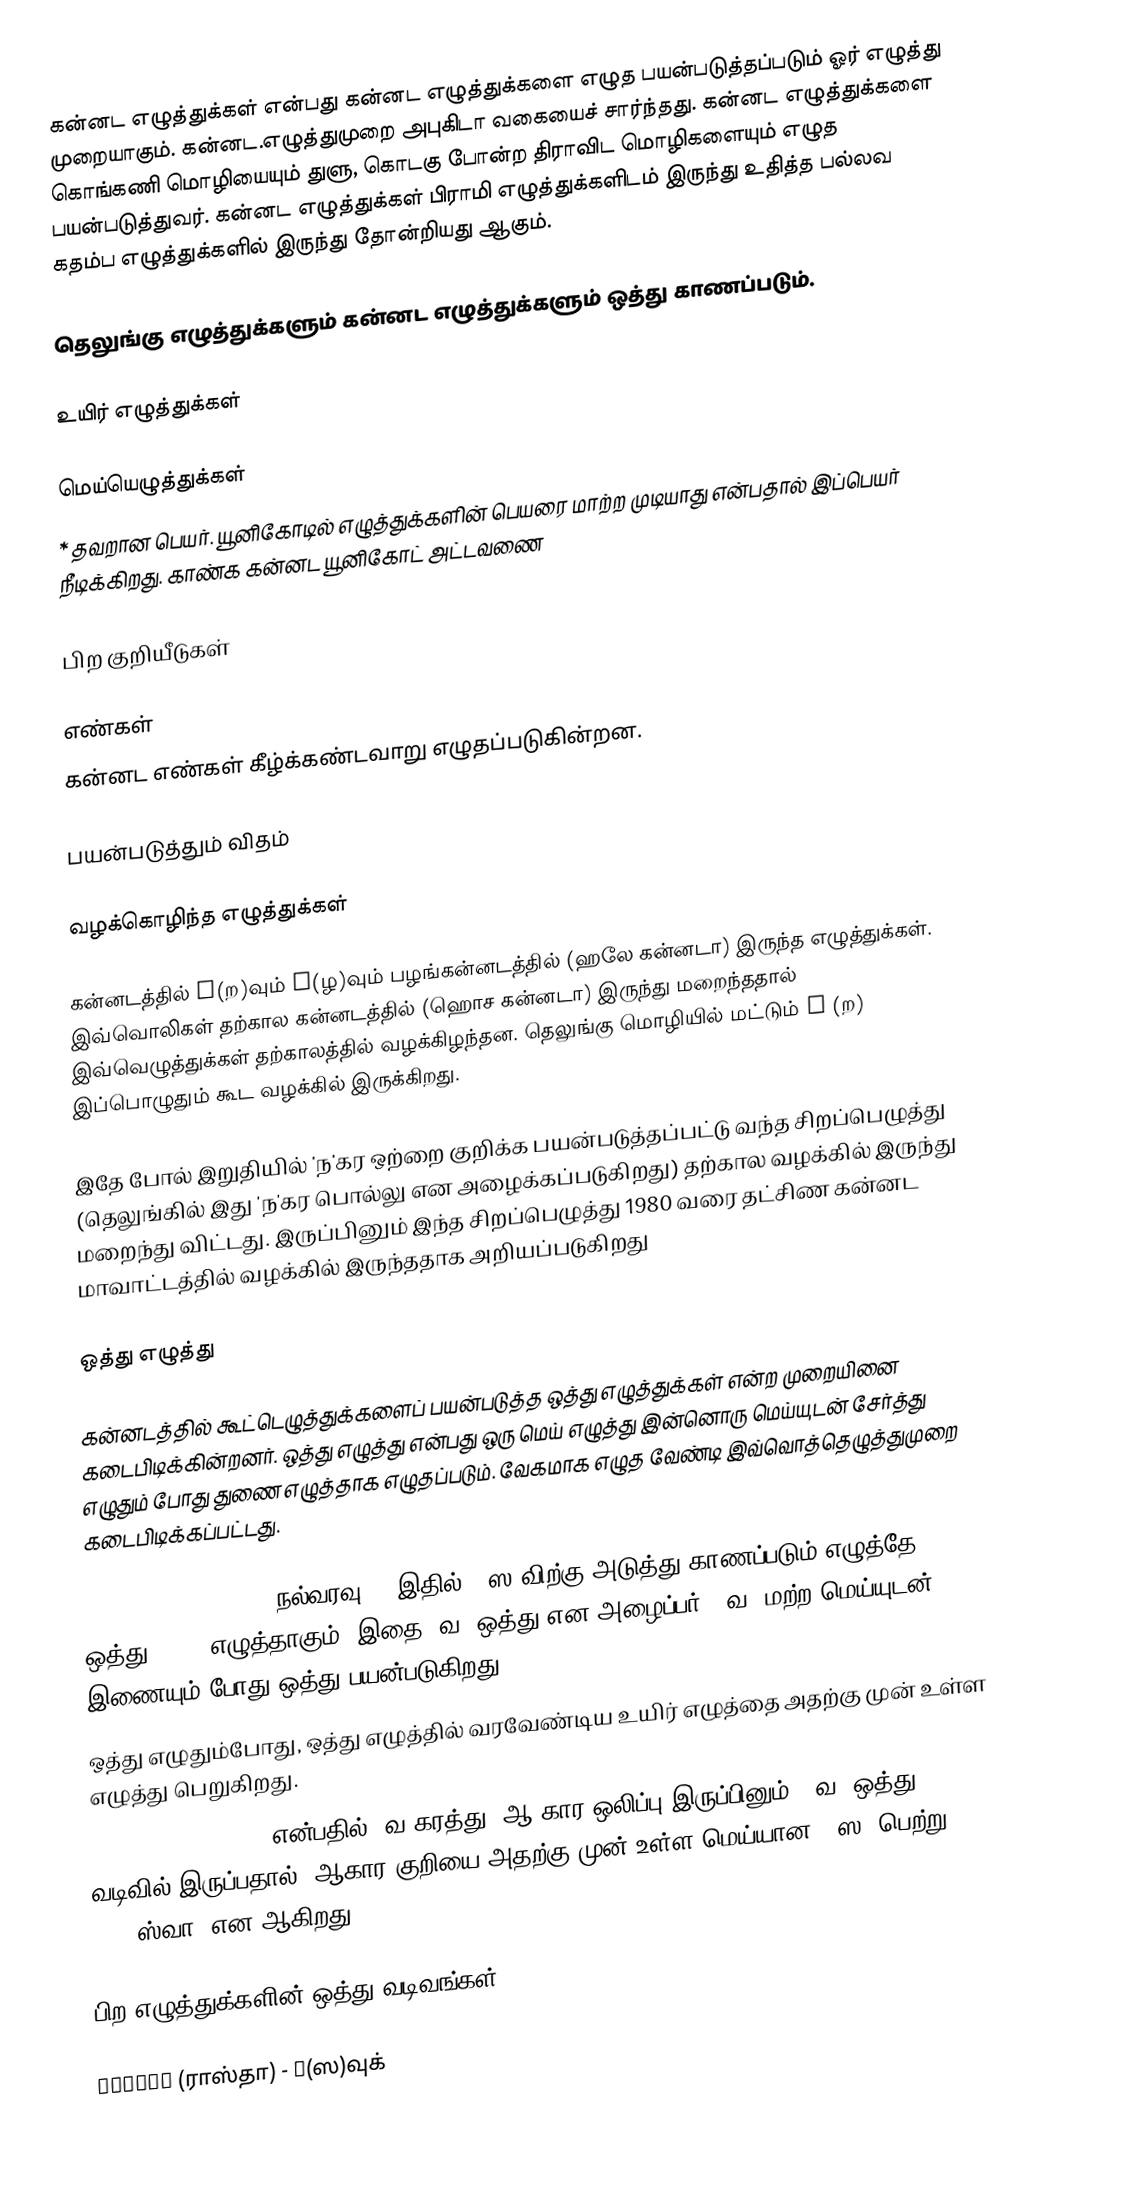
கன்னட எழுத்துக்கள் என்பது கன்னட எழுத்துக்களை எழுத பயன்படுத்தப்படும் ஓர் எழுத்து முறையாகும். கன்னட.எழுத்துமுறை அபுகிடா வகையைச் சார்ந்தது. கன்னட எழுத்துக்களை கொங்கணி மொழியையும் துளு, கொடகு போன்ற திராவிட மொழிகளையும் எழுத பயன்படுத்துவர். கன்னட எழுத்துக்கள் பிராமி எழுத்துக்களிடம் இருந்து உதித்த பல்லவ கதம்ப எழுத்துக்களில் இருந்து தோன்றியது ஆகும்.

தெலுங்கு எழுத்துக்களும் கன்னட எழுத்துக்களும் ஒத்து காணப்படும்.

உயிர் எழுத்துக்கள்

மெய்யெழுத்துக்கள்
* தவறான பெயர். யூனிகோடில் எழுத்துக்களின் பெயரை மாற்ற முடியாது என்பதால் இப்பெயர் நீடிக்கிறது. காண்க கன்னட யூனிகோட் அட்டவணை

பிற குறியீடுகள்

எண்கள்
கன்னட எண்கள் கீழ்க்கண்டவாறு எழுதப்படுகின்றன.

பயன்படுத்தும் விதம்

வழக்கொழிந்த எழுத்துக்கள்

கன்னடத்தில் ಱ(ற)வும் ೞ(ழ)வும் பழங்கன்னடத்தில் (ஹலே கன்னடா) இருந்த எழுத்துக்கள். இவ்வொலிகள் தற்கால கன்னடத்தில் (ஹொச கன்னடா) இருந்து மறைந்ததால் இவ்வெழுத்துக்கள் தற்காலத்தில் வழக்கிழந்தன. தெலுங்கு மொழியில் மட்டும் ఱ (ற) இப்பொழுதும் கூட வழக்கில் இருக்கிறது.

இதே போல் இறுதியில் 'ந'கர ஒற்றை குறிக்க பயன்படுத்தப்பட்டு வந்த சிறப்பெழுத்து (தெலுங்கில் இது 'ந'கர பொல்லு என அழைக்கப்படுகிறது) தற்கால வழக்கில் இருந்து மறைந்து விட்டது. இருப்பினும் இந்த சிறப்பெழுத்து 1980 வரை தட்சிண கன்னட மாவாட்டத்தில் வழக்கில் இருந்ததாக அறியப்படுகிறது

ஒத்து எழுத்து

கன்னடத்தில் கூட்டெழுத்துக்களைப் பயன்படுத்த ஒத்து எழுத்துக்கள் என்ற முறையினை கடைபிடிக்கின்றனர். ஒத்து எழுத்து என்பது ஒரு மெய் எழுத்து இன்னொரு மெய்யுடன் சேர்த்து எழுதும் போது துணை எழுத்தாக எழுதப்படும். வேகமாக எழுத வேண்டி இவ்வொத்தெழுத்துமுறை கடைபிடிக்கப்பட்டது.

 ಸುಸ್ವಾಗತ(susvAgata - நல்வரவு) - இதில் ಸ(ஸ)விற்கு அடுத்து காணப்படும் எழுத்தே ஒத்து(ಸ್ವಾ) எழுத்தாகும். இதை 'வ' ஒத்து என அழைப்பர். 'வ' மற்ற மெய்யுடன் இணையும் போது ஒத்து பயன்படுகிறது.
 ஒத்து எழுதும்போது, ஒத்து எழுத்தில் வரவேண்டிய உயிர் எழுத்தை அதற்கு முன் உள்ள எழுத்து பெறுகிறது.
 ಸುಸ್ವಾಗತ(susvAgata) என்பதில் 'வ'கரத்து 'ஆ'கார ஒலிப்பு இருப்பினும், 'வ' ஒத்து வடிவில் இருப்பதால், ஆகார குறியை அதற்கு முன் உள்ள மெய்யான ಸ(ஸ) பெற்று ಸ್ವಾ(ஸ்வா) என ஆகிறது.

பிற எழுத்துக்களின் ஒத்து வடிவங்கள்:

 ರಾಸ್ತಾ (ராஸ்தா) - ಸ(ஸ)வுக்